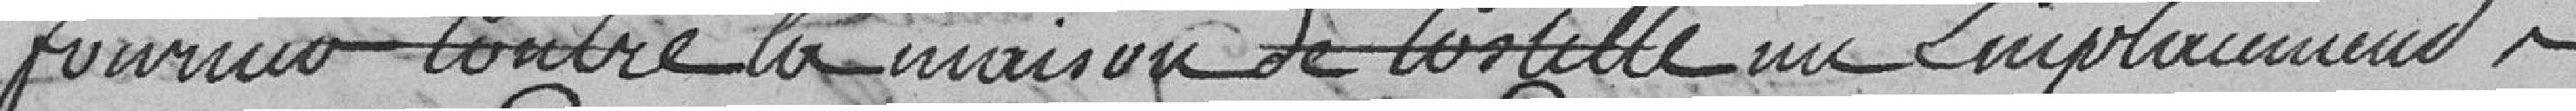
fournir contre la maison de Costille un emplacement